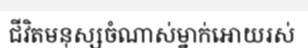
ជីវិតមនុស្សចំណាស់ម្នាក់អោយរស់